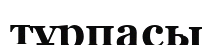
тұрпасы